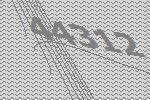
44312